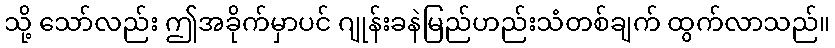
သို့ သော်လည်း ဤအခိုက်မှာပင် ဂျုန်းခနဲမြည်ဟည်းသံတစ်ချက် ထွက်လာသည်။